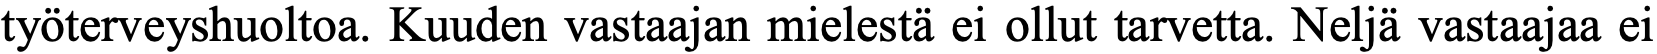
työterveyshuoltoa. Kuuden vastaajan mielestä ei ollut tarvetta. Neljä vastaajaa ei